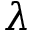
\lambda